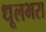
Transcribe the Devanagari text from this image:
धूलभरा